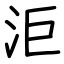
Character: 洰